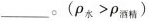
___。($$ρ _ { 水 } > ρ _ { 酒 精 }$$)